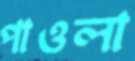
পাওলা